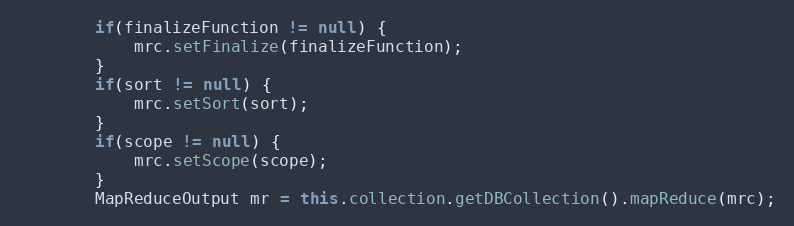
Language: Java
        if(finalizeFunction != null) {
            mrc.setFinalize(finalizeFunction);
        }
        if(sort != null) {
            mrc.setSort(sort);
        }
        if(scope != null) {
            mrc.setScope(scope);
        }
        MapReduceOutput mr = this.collection.getDBCollection().mapReduce(mrc);